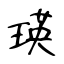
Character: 瑛